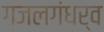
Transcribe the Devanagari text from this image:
गजलगंधर्व